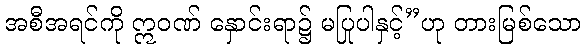
အစီအရင်ကို ဣဝဏ် နှောင်းရာ၌ မပြုပါနှင့်”ဟု တားမြစ်သော